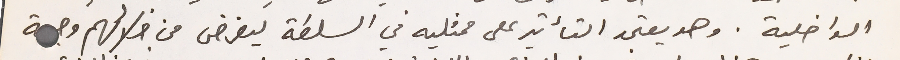
الداخلية. وهو يعتمد التأثير على ممثليه في السلطة ليفرض من خلالهم وجهة